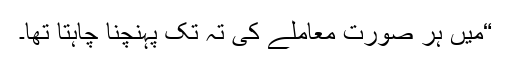
“میں ہر صورت معاملے کی تہ تک پہنچنا چاہتا تھا۔